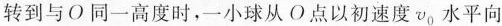
转到与O同一高度时，一小球从O点以初速度v_{0}水平向